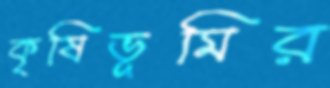
কৃষিভূমির